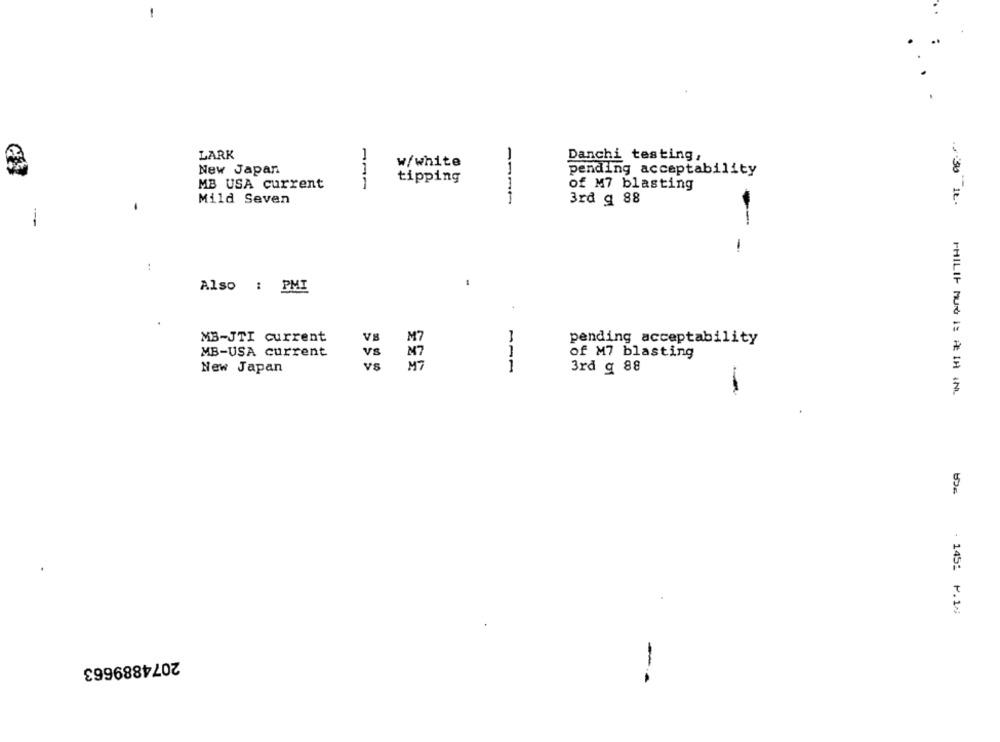
LARK
w/white
Danchi testing,
New Japan
1
pending acceptability
tipping
MB USA current
1
of M7 blasting
Mild Seven
1
3rd g 88
--
-
:
Also : PMI
MB-JTI current
V8
M7
pending acceptability
MB-USA current
vs
M7
of M7 blasting
New Japan
vs
MT
1
3rd g 88
PHILIP MUN I= REIN IN.
1451 1.10
2074889663
-